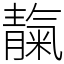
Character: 靝